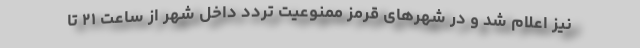
نیز اعلام شد و در شهرهای قرمز ممنوعیت تردد داخل شهر از ساعت ۲١ تا